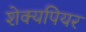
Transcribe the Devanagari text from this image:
शेक्यपियर